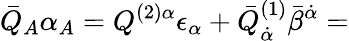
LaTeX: {\bar{Q}}_{A}\alpha_{A}=Q^{(2)\alpha}\epsilon_{\alpha}+{\bar{Q}}_{{\dot{\alpha}}}^{(1)}{\bar{\beta}}^{{\dot{\alpha}}}=